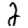
Digit: 2